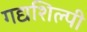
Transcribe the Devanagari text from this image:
गद्यशिल्पी